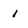
Character: i